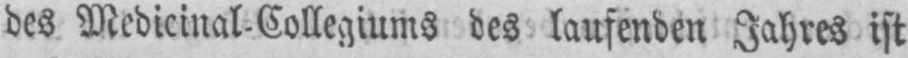
des Medicinal-Collegiums des laufenden Jahres ist